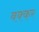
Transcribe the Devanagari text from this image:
बक्कर